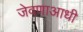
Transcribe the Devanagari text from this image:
जेवणाआधी